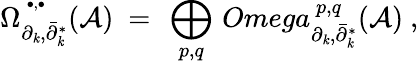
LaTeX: \Omega_{\partial_{\mathit{k}},\bar{{\partial}}_{\mathit{k}}^{*}}^{\, ^{\bullet,\bullet}}({\mathcal{A}})\ =\ \displaystyle\bigoplus_{p,q}\, Omega_{\partial_{\mathit{k}},\bar{{\partial}}_{\mathit{k}}^{*}}^{\ p,q}({\mathcal{A}})\ ,